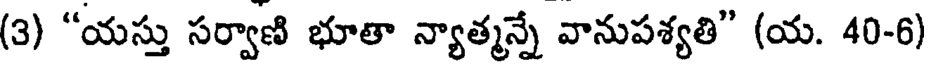
(3) "యస్తు సర్వాణి భూతా న్యాత్మన్నే వానుపశ్యతి" (య. 40-6)